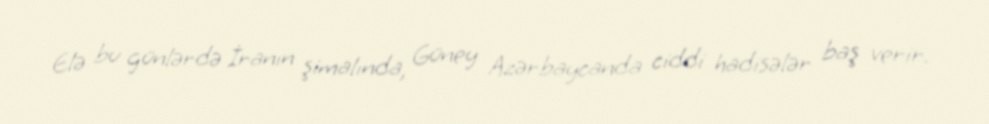
Elə bu günlərdə İranın şimalında, Güney Azərbaycanda ciddi hadisələr baş verir.